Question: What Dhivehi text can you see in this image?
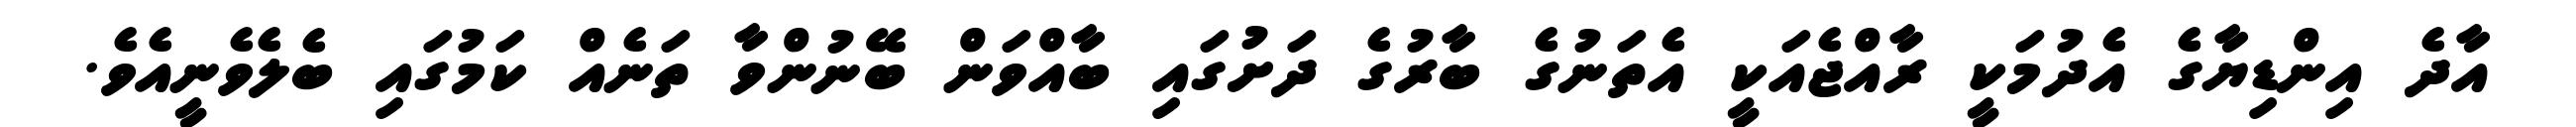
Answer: އާދެ އިންޑިޔާގެ އެދުމަކީ ރާއްޖެއަކީ އެތަނުގެ ބާރުގެ ދަށުގައި ބާއްވަން ބޭނުންވާ ތަނެއް ކަމުގައި ބެލެވެނީއެވެ.